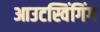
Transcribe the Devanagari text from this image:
आउटस्विंगिंग